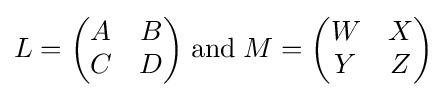
L={\begin{pmatrix}A&B\\C&D\end{pmatrix}}\;\mathrm {and} \;M={\begin{pmatrix}W&X\\Y&Z\end{pmatrix}}